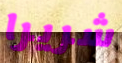
شريرا